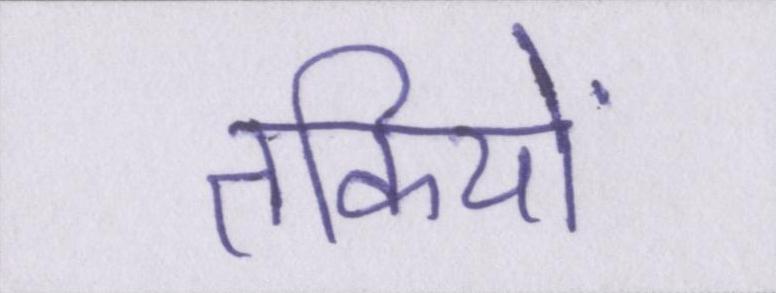
तकियों